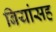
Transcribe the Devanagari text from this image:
बियांसह